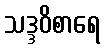
သဒ္ဒဝိစာရေ